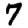
Digit: 7